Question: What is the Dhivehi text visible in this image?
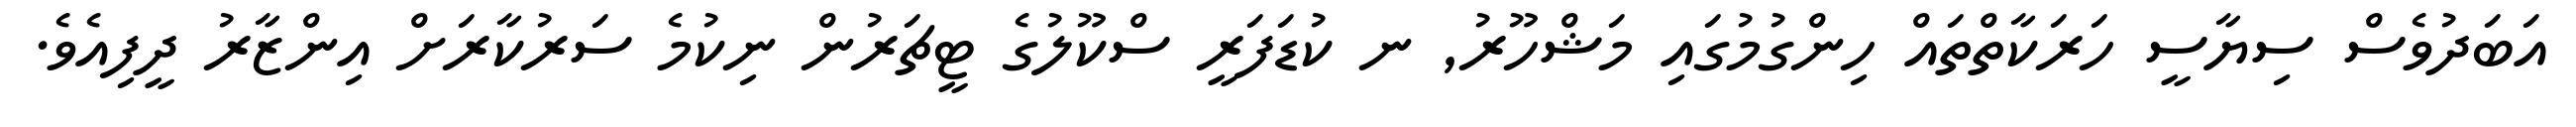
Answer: އަބަދުވެސް ސިޔާސީ ހަރަކާތްތައް ހިންގުމުގައި މަޝްހޫރު, ނ ކުޑަފަރީ ސްކޫލުގެ ޓީޗަރުން ނިކުމެ ސަރުކާރަށް އިންޒާރު ދީފިއެވެ.